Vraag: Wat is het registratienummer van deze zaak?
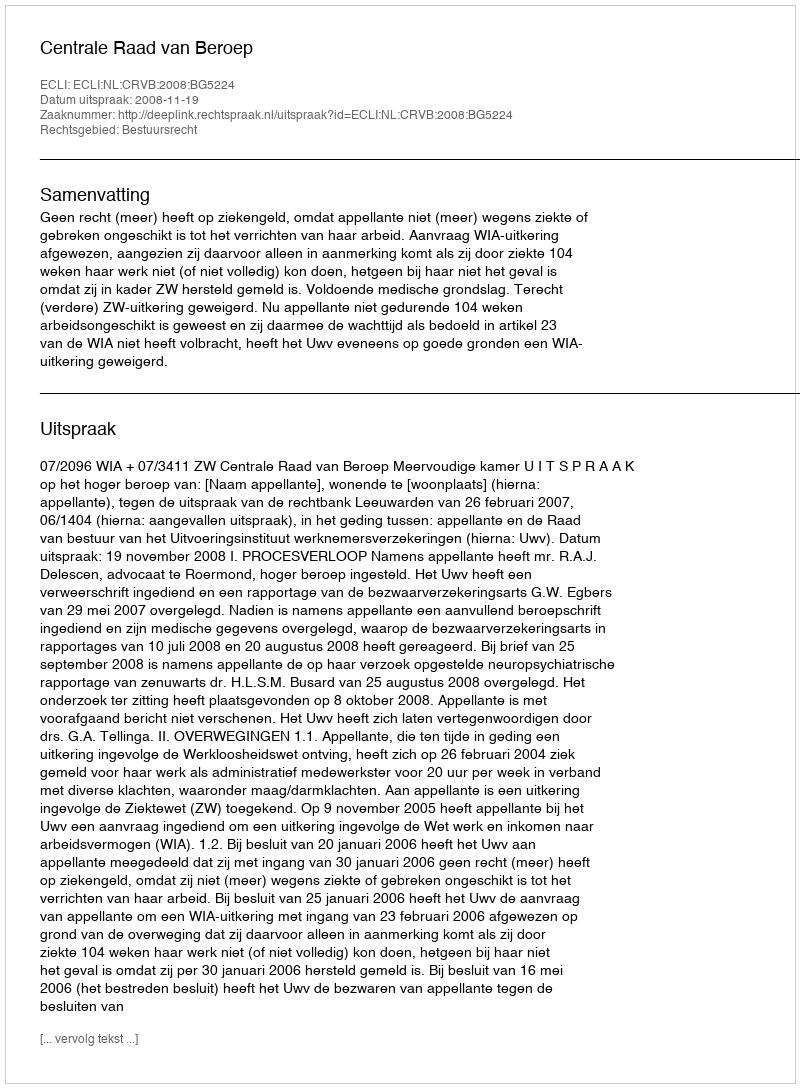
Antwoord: http://deeplink.rechtspraak.nl/uitspraak?id=ECLI:NL:CRVB:2008:BG5224